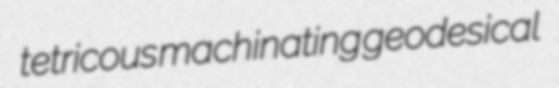
tetricous machinating geodesical